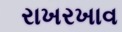
રાખરખાવ